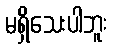
မရှိသေးပါဘူး